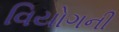
વિયોગની